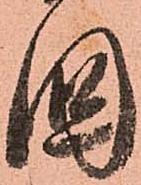
國